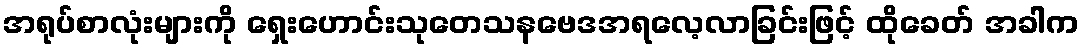
အရုပ်စာလုံးများကို ရှေးဟောင်းသုတေသနဗေဒအရလေ့လာခြင်းဖြင့် ထိုခေတ် အခါက